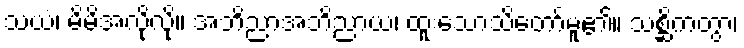
သယံ၊ မိမိအလိုလို။ အဘိညာအဘိညာယ၊ ထူးသောသိတော်မူ၏။ သစ္ဆိကတွာ၊